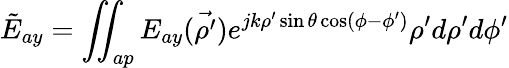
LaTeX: \tilde{E}_{ay}=\iint_{ap}E_{ay}(\vec{\rho^{\prime}})e^{jk\rho^{\prime}\sin\theta\cos(\phi-\phi^{\prime})}\rho^{\prime}d\rho^{\prime}d\phi^{\prime}